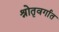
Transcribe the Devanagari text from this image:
श्रोतृवर्गात